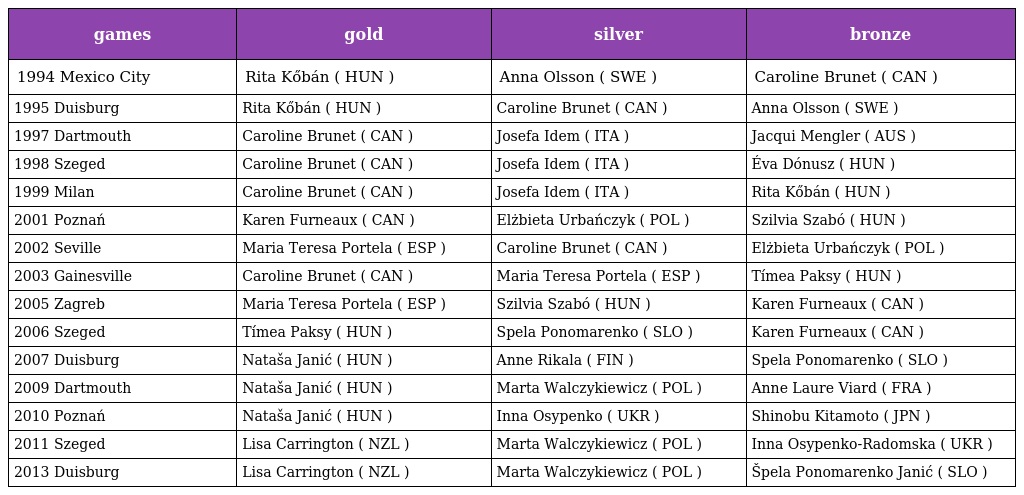
| games | gold | silver | bronze |
 | --- | --- | --- | --- |
 | 1994 Mexico City | Rita Kőbán ( HUN ) | Anna Olsson ( SWE ) | Caroline Brunet ( CAN ) |
 | 1995 Duisburg | Rita Kőbán ( HUN ) | Caroline Brunet ( CAN ) | Anna Olsson ( SWE ) |
 | 1997 Dartmouth | Caroline Brunet ( CAN ) | Josefa Idem ( ITA ) | Jacqui Mengler ( AUS ) |
 | 1998 Szeged | Caroline Brunet ( CAN ) | Josefa Idem ( ITA ) | Éva Dónusz ( HUN ) |
 | 1999 Milan | Caroline Brunet ( CAN ) | Josefa Idem ( ITA ) | Rita Kőbán ( HUN ) |
 | 2001 Poznań | Karen Furneaux ( CAN ) | Elżbieta Urbańczyk ( POL ) | Szilvia Szabó ( HUN ) |
 | 2002 Seville | Maria Teresa Portela ( ESP ) | Caroline Brunet ( CAN ) | Elżbieta Urbańczyk ( POL ) |
 | 2003 Gainesville | Caroline Brunet ( CAN ) | Maria Teresa Portela ( ESP ) | Tímea Paksy ( HUN ) |
 | 2005 Zagreb | Maria Teresa Portela ( ESP ) | Szilvia Szabó ( HUN ) | Karen Furneaux ( CAN ) |
 | 2006 Szeged | Tímea Paksy ( HUN ) | Spela Ponomarenko ( SLO ) | Karen Furneaux ( CAN ) |
 | 2007 Duisburg | Nataša Janić ( HUN ) | Anne Rikala ( FIN ) | Spela Ponomarenko ( SLO ) |
 | 2009 Dartmouth | Nataša Janić ( HUN ) | Marta Walczykiewicz ( POL ) | Anne Laure Viard ( FRA ) |
 | 2010 Poznań | Nataša Janić ( HUN ) | Inna Osypenko ( UKR ) | Shinobu Kitamoto ( JPN ) |
 | 2011 Szeged | Lisa Carrington ( NZL ) | Marta Walczykiewicz ( POL ) | Inna Osypenko-Radomska ( UKR ) |
 | 2013 Duisburg | Lisa Carrington ( NZL ) | Marta Walczykiewicz ( POL ) | Špela Ponomarenko Janić ( SLO ) |